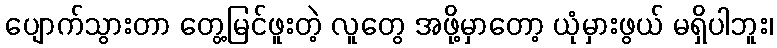
ပျောက်သွားတာ တွေ့မြင်ဖူးတဲ့ လူတွေ အဖို့မှာတော့ ယုံမှားဖွယ် မရှိပါဘူး၊